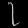
Digit: ၇